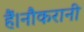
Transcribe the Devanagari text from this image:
हैं।नौकरानी